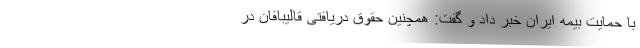
با حمایت بیمه ایران خبر داد و گفت: همچنین حقوق دریافتی قالیبافان در